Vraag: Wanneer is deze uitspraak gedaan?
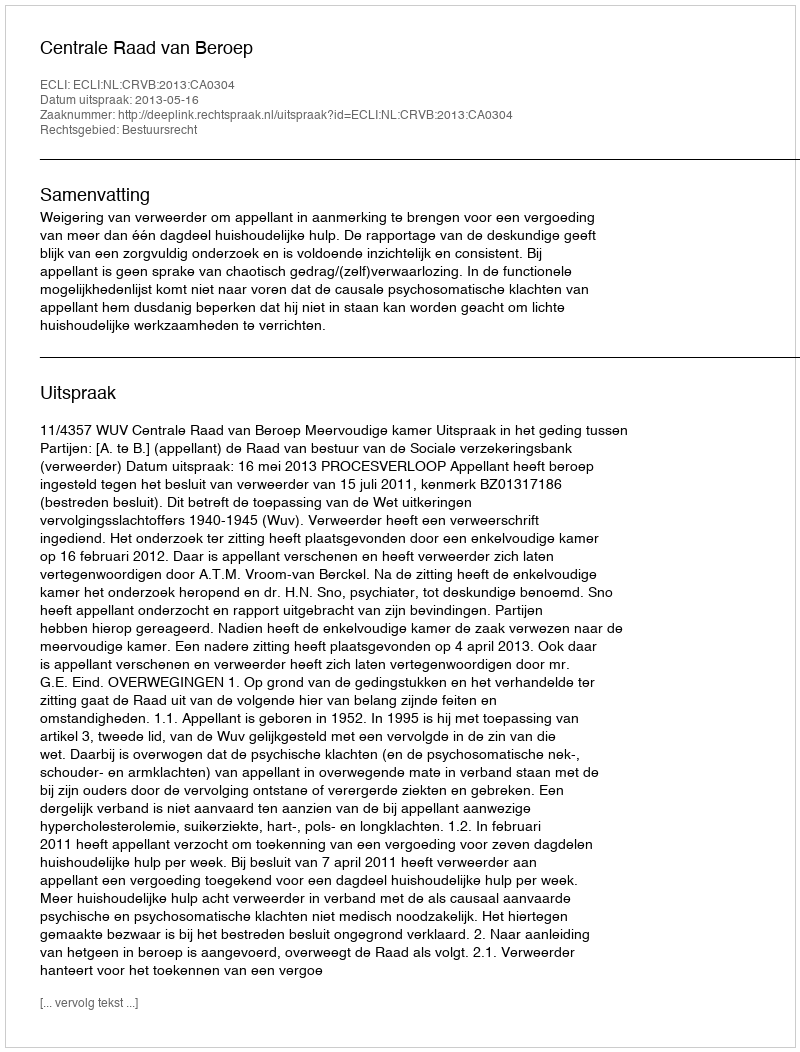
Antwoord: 2013-05-16